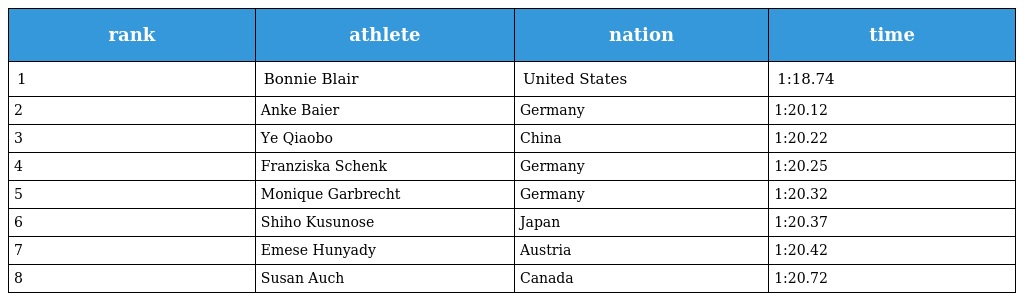
| rank | athlete | nation | time |
 | --- | --- | --- | --- |
 | 1 | Bonnie Blair | United States | 1:18.74 |
 | 2 | Anke Baier | Germany | 1:20.12 |
 | 3 | Ye Qiaobo | China | 1:20.22 |
 | 4 | Franziska Schenk | Germany | 1:20.25 |
 | 5 | Monique Garbrecht | Germany | 1:20.32 |
 | 6 | Shiho Kusunose | Japan | 1:20.37 |
 | 7 | Emese Hunyady | Austria | 1:20.42 |
 | 8 | Susan Auch | Canada | 1:20.72 |